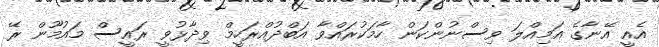
އެއީ އޭނާގެ އަމިއްލަ ވިސްނުންކަން ހާމަކުރައްވާ އަބްދުއްރަހީމް ވިދާޅުވީ ރައީސް މައުމޫން ރޭ